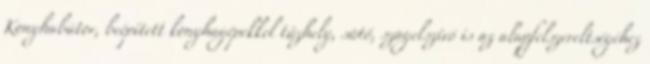
Konyhabútor, beépített konyhagépekkel tűzhely, sütő, szagelszívó is az alapfelszereltségéhez